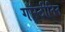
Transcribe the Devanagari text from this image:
गॉस्टीनिन